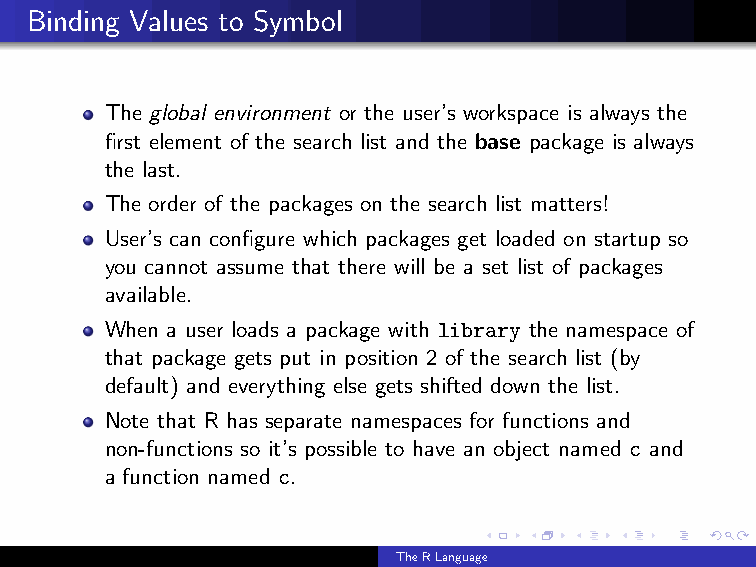
Binding Values to Symbol
 The global environment or the user’s workspace is always the
 first element of the search list and the base package is always
 the last.
 The order of the packages on the search list matters!
 User’s can configure which packages get loaded on startup so
 you cannot assume that there will be a set list of packages
 available.
 When a user loads a package with library the namespace of
 that package gets put in position 2 of the search list (by
 default) and everything else gets shifted down the list.
 Note that R has separate namespaces for functions and
 non-functions so it’s possible to have an object named c and
 a function named c.
 TheRLanguage